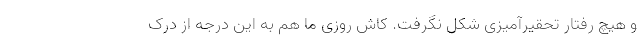
و هیچ رفتار تحقیرآمیزی شکل نگرفت. کاش روزی ما هم به این درجه از درک